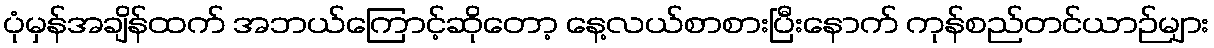
ပုံမှန်အချိန်ထက် အဘယ်ကြောင့်ဆိုတော့ နေ့လယ်စာစားပြီးနောက် ကုန်စည်တင်ယာဉ်များ